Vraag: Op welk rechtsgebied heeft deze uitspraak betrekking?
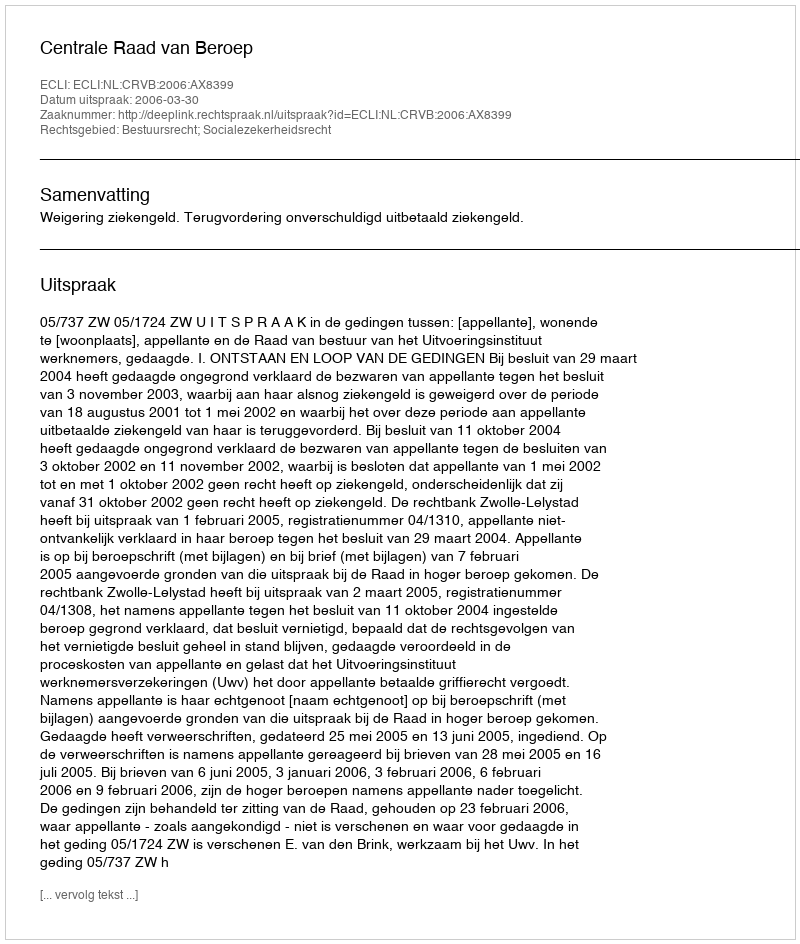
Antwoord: Bestuursrecht; Socialezekerheidsrecht